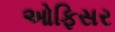
ઓફિસર